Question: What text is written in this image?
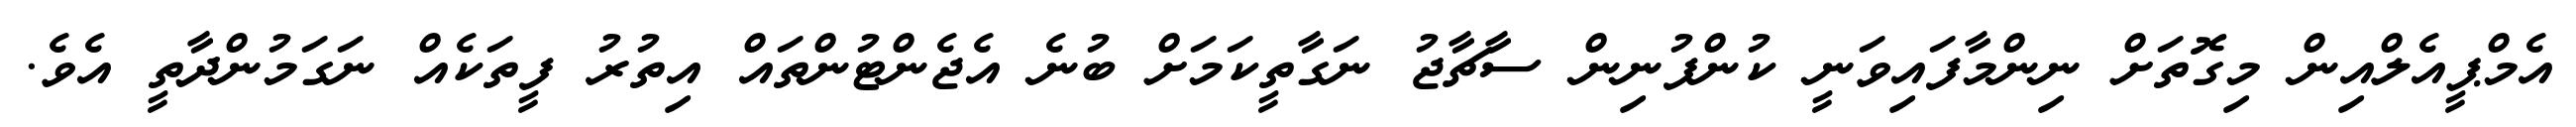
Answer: އެމްޕީއެލްއިން މިގޮތަށް ނިންމާފައިވަނީ ކުންފުނިން ސާޗާޖު ނަގާތީކަމަށް ބުނެ އެޖެންޓުންތައް އިތުރު ފީތަކެއް ނަގަމުންދާތީ އެވެ.